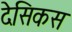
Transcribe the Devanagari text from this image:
देसिकस